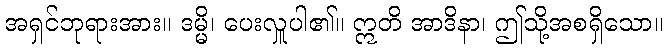
အရှင်ဘုရားအား။ ဒမ္မိ၊ ပေးလှူပါ၏။ ဣတိ အာဒိနာ၊ ဤသို့အစရှိသော။